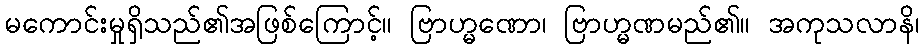
မကောင်းမှုရှိသည်၏အဖြစ်ကြောင့်။ ဗြာဟ္မဏော၊ ဗြာဟ္မဏမည်၏။ အကုသလာနိ၊